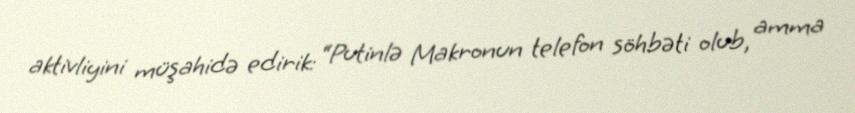
aktivliyini müşahidə edirik: “Putinlə Makronun telefon söhbəti olub, amma